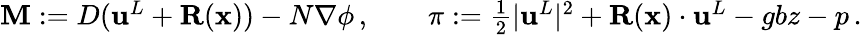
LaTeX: \begin{array}{r}{{\mathbf{M}}:=D({\mathbf{u}}^{L}+{\mathbf{R}}({\mathbf{x}}))-N\nabla\phi\, ,\qquad\pi:=\frac 12|{\mathbf{u}}^{L}|^{2}+{\mathbf{R}}({\mathbf{x}})\cdot{\mathbf{u}}^{L}-gbz-p\, .}\end{array}